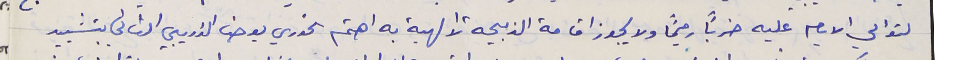
لتوالي الايام عليه ضرباً رحيمًا ولا يجوز اقامة الذبيحة الالهية به اهتم الخوري يوحنا الذريبي الثاني بتشييد